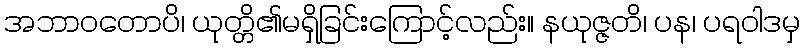
အဘာဝတောပိ၊ ယုတ္တိ၏မရှိခြင်းကြောင့်လည်း။ နယုဇ္ဇတိ၊ ပန၊ ပရဝါဒမှ